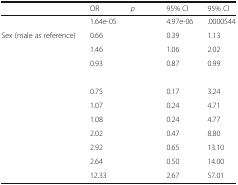
<table><thead><tr><td>[EMPTY_CELL]</td><td><b>OR</b></td><td><b><i>p</i></b></td><td><b>95% CI</b></td><td><b>95% CI</b></td></tr></thead><tbody><tr><td>[EMPTY_CELL]</td><td>1.64e-05</td><td>[EMPTY_CELL]</td><td>4.97e-06</td><td>.0000544</td></tr><tr><td>Sex (male as reference)</td><td>0.66</td><td>[EMPTY_CELL]</td><td>0.39</td><td>1.13</td></tr><tr><td>[EMPTY_CELL]</td><td>1.46</td><td>[EMPTY_CELL]</td><td>1.06</td><td>2.02</td></tr><tr><td>[EMPTY_CELL]</td><td>0.93</td><td>[EMPTY_CELL]</td><td>0.87</td><td>0.99</td></tr><tr><td colspan="5">[EMPTY_CELL]</td></tr><tr><td>[EMPTY_CELL]</td><td>0.75</td><td>[EMPTY_CELL]</td><td>0.17</td><td>3.24</td></tr><tr><td>[EMPTY_CELL]</td><td>1.07</td><td>[EMPTY_CELL]</td><td>0.24</td><td>4.71</td></tr><tr><td>[EMPTY_CELL]</td><td>1.08</td><td>[EMPTY_CELL]</td><td>0.24</td><td>4.77</td></tr><tr><td>[EMPTY_CELL]</td><td>2.02</td><td>[EMPTY_CELL]</td><td>0.47</td><td>8.80</td></tr><tr><td>[EMPTY_CELL]</td><td>2.92</td><td>[EMPTY_CELL]</td><td>0.65</td><td>13.10</td></tr><tr><td>[EMPTY_CELL]</td><td>2.64</td><td>[EMPTY_CELL]</td><td>0.50</td><td>14.00</td></tr><tr><td>[EMPTY_CELL]</td><td>12.33</td><td>[EMPTY_CELL]</td><td>2.67</td><td>57.01</td></tr></tbody></table>